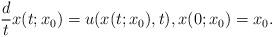
LaTeX: \begin{align*}\frac{d}{t}x(t;x_0)=u(x(t;x_0),t),x(0;x_0)=x_0.\end{align*}